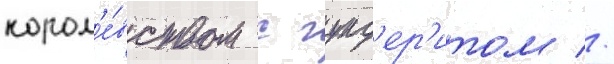
корол'е́вством с гунд'ер'итом //